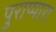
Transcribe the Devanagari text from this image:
पुराप्पारा